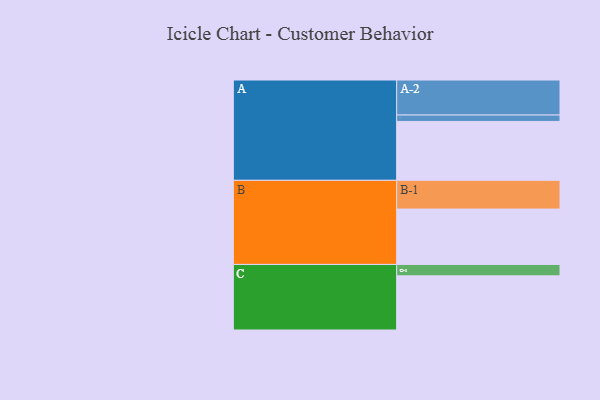
{"axis": {"x": "Segment", "y": "Value"}, "legend": ["", "A", "B", "C"], "data": [{"x": "A", "y": 486, "type": ""}, {"x": "B", "y": 457, "type": ""}, {"x": "C", "y": 447, "type": ""}, {"x": "A-1", "y": 53, "type": "A"}, {"x": "A-2", "y": 289, "type": "A"}, {"x": "B-1", "y": 237, "type": "B"}, {"x": "C-1", "y": 94, "type": "C"}]}